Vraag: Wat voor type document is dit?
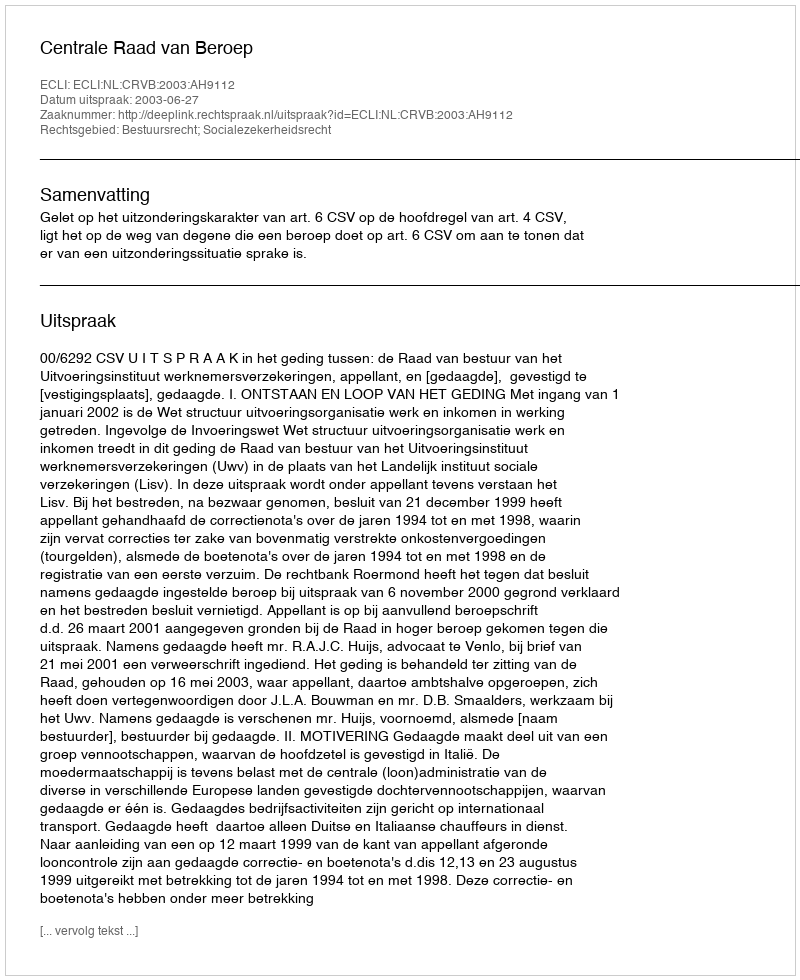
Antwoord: Uitspraak